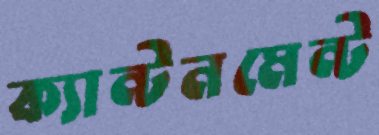
ক্যান্টনমেন্ট